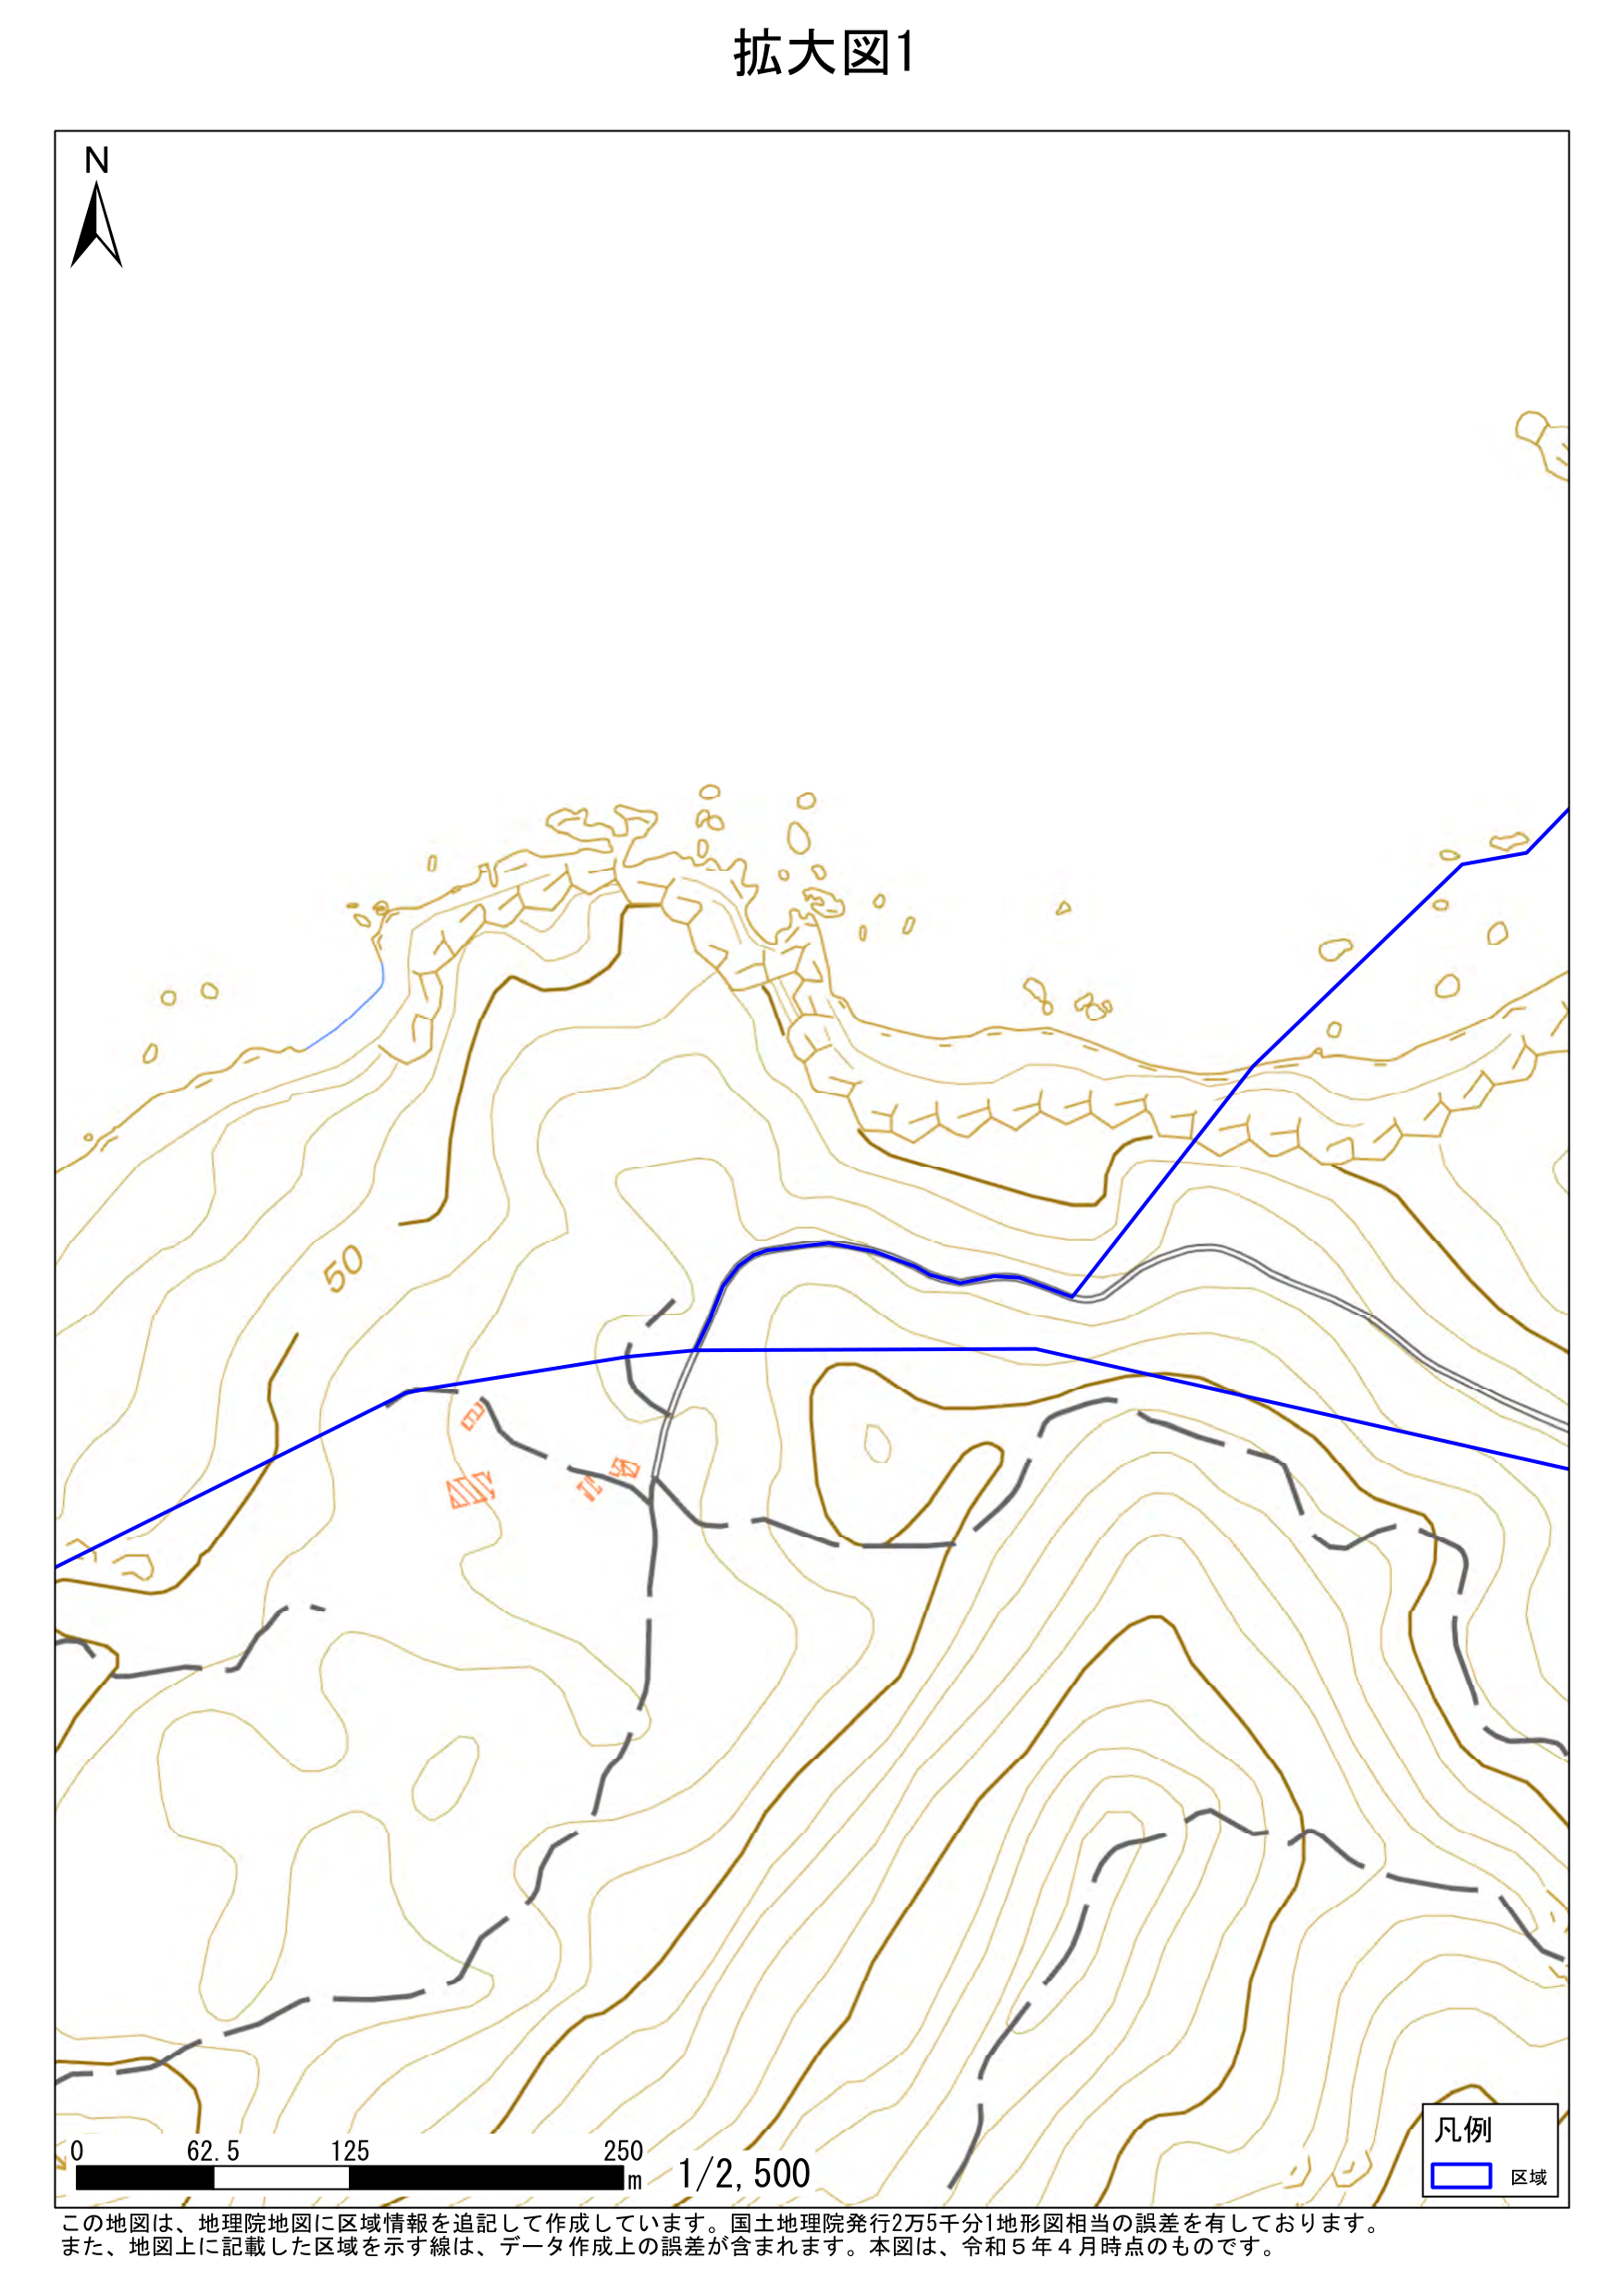
拡大図1
N
50
0 62.5 125 250 m 1/2,500
凡例
□ 区域
この地図は、地理院地図に区域情報を追記して作成しています。国土地理院発行2万5千分1地形図相当の誤差を有しております。
また、地図上に記載した区域を示す線は、データ作成上の誤差が含まれます。本図は、令和5年4月時点のものです。